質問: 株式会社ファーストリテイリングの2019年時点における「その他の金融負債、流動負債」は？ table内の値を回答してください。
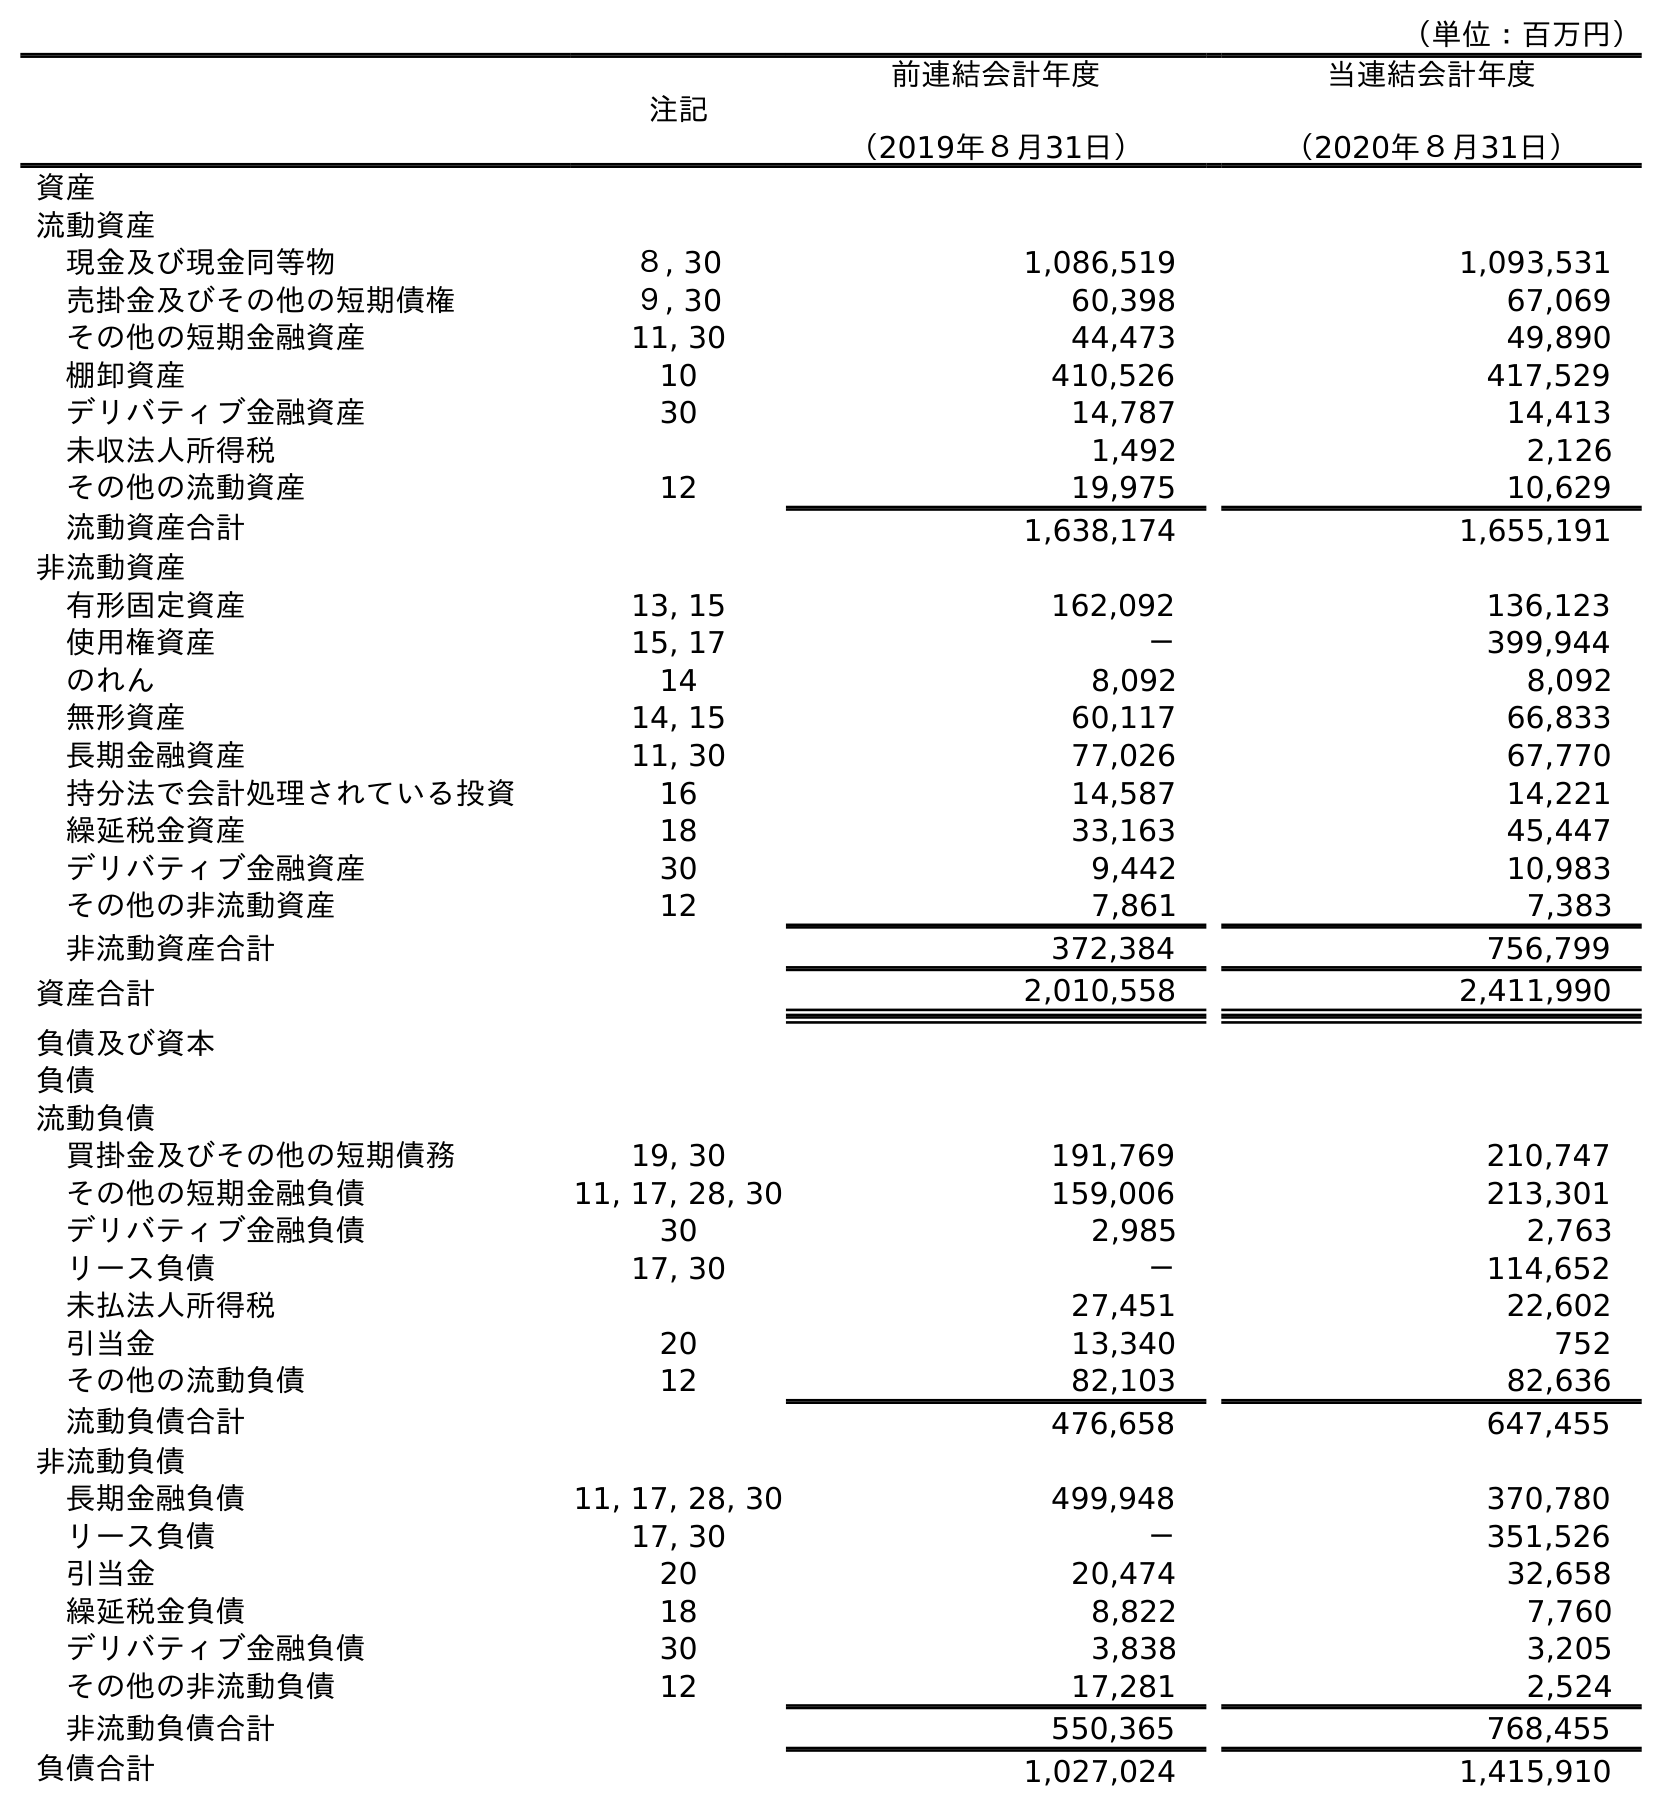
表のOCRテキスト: （単位：百万円） 注記 前連結会計年度 （2019年８月31日） 当連結会計年度 （2020年８月31日） 資産 流動資産 現金及び現金同等物 ８, 30 1,086,519 1,093,531 売掛金及びその他の短期債権 ９, 30 60,398 67,069 その他の短期金融資産 11, 30 44,473 49,890 棚卸資産 10 410,526 417,529 デリバティブ金融資産 30 14,787 14,413 未収法人所得税 1,492 2,126 その他の流動資産 12 19,975 10,629 流動資産合計 1,638,174 1,655,191 非流動資産 有形固定資産 13, 15 162,092 136,123 使用権資産 15, 17 － 399,944 のれん 14 8,092 8,092 無形資産 14, 15 60,117 66,833 長期金融資産 11, 30 77,026 67,770 持分法で会計処理されている投資 16 14,587 14,221 繰延税金資産 18 33,163 45,447 デリバティブ金融資産 30 9,442 10,983 その他の非流動資産 12 7,861 7,383 非流動資産合計 372,384 756,799 資産合計 2,010,558 2,411,990 負債及び資本 負債 流動負債 買掛金及びその他の短期債務 19, 30 191,769 210,747 その他の短期金融負債 11, 17, 28, 30 159,006 213,301 デリバティブ金融負債 30 2,985 2,763 リース負債 17, 30 － 114,652 未払法人所得税 27,451 22,602 引当金 20 13,340 752 その他の流動負債 12 82,103 82,636 流動負債合計 476,658 647,455 非流動負債 長期金融負債 11, 17, 28, 30 499,948 370,780 リース負債 17, 30 － 351,526 引当金 20 20,474 32,658 繰延税金負債 18 8,822 7,760 デリバティブ金融負債 30 3,838 3,205 その他の非流動負債 12 17,281 2,524 非流動負債合計 550,365 768,455 負債合計 1,027,024 1,415,910
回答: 159,006